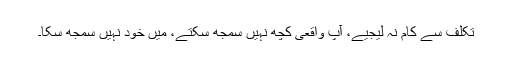
تکلف سے کام نہ لیجیے، آپ واقعی کچھ نہیں سمجھ سکتے، میں خود نہیں سمجھ سکا۔